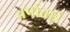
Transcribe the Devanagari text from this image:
वर्षाताई